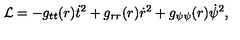
{ \cal L } = - g _ { t t } ( r ) \dot { t } ^ { 2 } + g _ { r r } ( r ) \dot { r } ^ { 2 } + g _ { \psi \psi } ( r ) \dot { \psi } ^ { 2 } ,